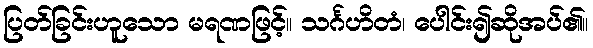
ပြတ်ခြင်းဟူသော မရဏဖြင့်။ သင်္ဂဟိတံ၊ ပေါင်း၍ဆိုအပ်၏။